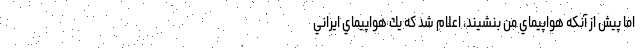
اما پيش از آنكه هواپيماي من بنشيند، اعلام شد كه يك هواپيماي ايراني